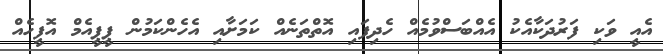
އެއީ ވަކި ފަރުދަކާއެކު އެއްބަސްވުމެއް ހެދިފައި އޮތްތަނެއް ކަމަށާއި އެހެންކަމުން ޕީޕީއެމް އޮފީހެއް